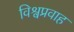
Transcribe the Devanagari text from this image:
विश्वप्रवाह